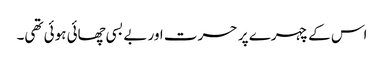
اس کے چہرے پر حسرت اور بے بسی چھائی ہوئی تھی۔